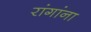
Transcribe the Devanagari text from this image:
रांगांना